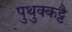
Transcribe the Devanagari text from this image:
पुथुक्कट्टै